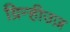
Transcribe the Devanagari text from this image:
ग्रिन्हीउज़